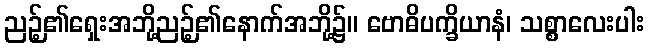
ညဉ့်၏ရှေးအဘို့ညဉ့်၏နောက်အဘို့၌။ ဗောဓိပက္ခိယာနံ၊ သစ္စာလေးပါး